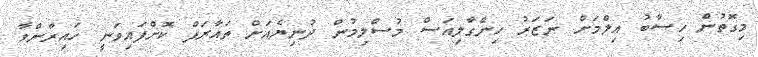
މިގޮތުން ހިސާބު އިލްމަށް ނަޒަރު ހިންގާލިއަސް މުސްލިމުން ދުނިޔެއަށް ތައާރަފް ކޮށްފައިވަނީ ހައިރާންވާ